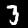
Label: 3